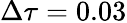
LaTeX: \Delta\tau=0.03